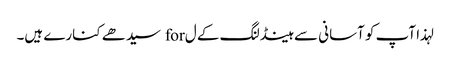
لہذا آپ کو آسانی سے ہینڈلنگ کے ل for سیدھے کنارے ہیں۔